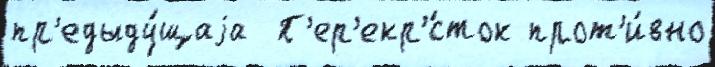
пр'едыду́щаjа  П'ер'екр'́сток прот'и́вно